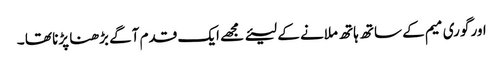
اور گوری میم کے ساتھ ہاتھ ملانے کے لیئے مجھے ایک قدم آگے بڑھنا پڑنا تھا ۔